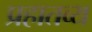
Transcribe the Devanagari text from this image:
प्रहातव्य